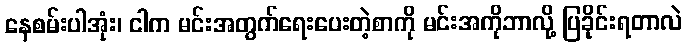
နေစမ်းပါအုံး၊ ငါက မင်းအတွက်ရေးပေးတဲ့စာကို မင်းအကိုဘာလို့ ပြခိုင်းရတာလဲ